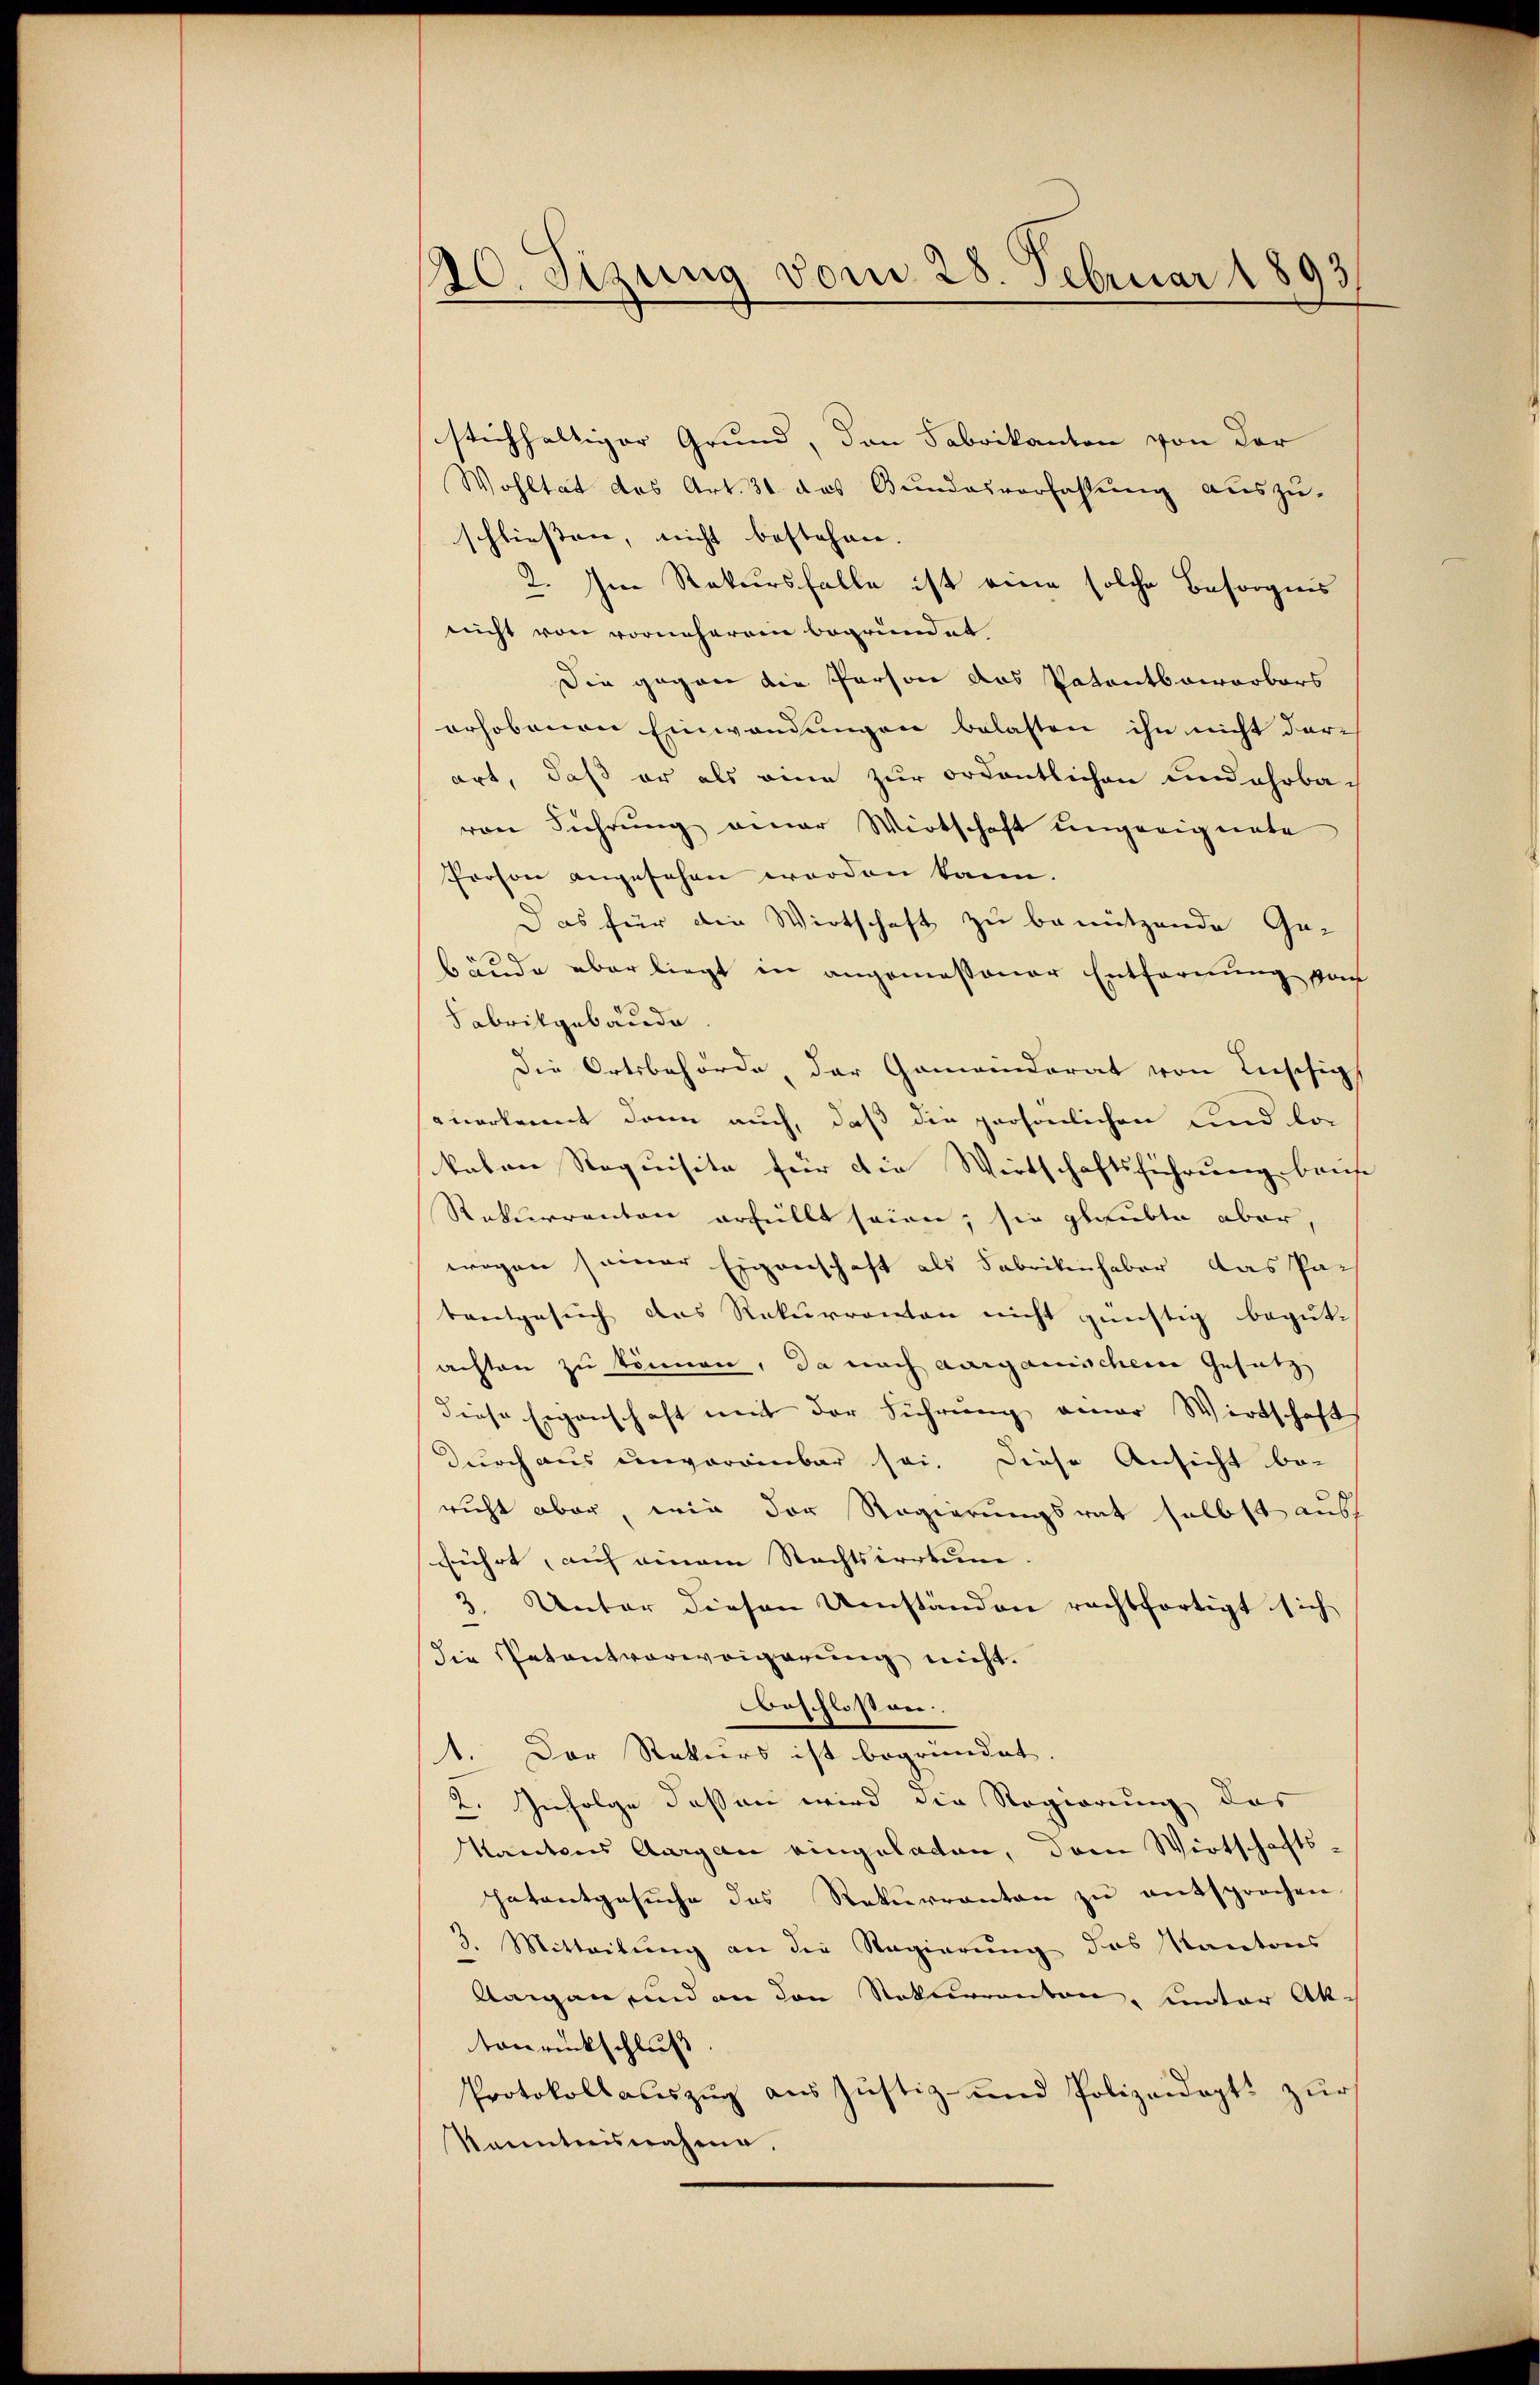
20. Sizung vom 28. Februar 1893

stichhaltiger Grund, den Fabrikanton von der
Wohltat des Art. 31 das Bundesverfassung auszu-
schließen, nicht bestehen.
2. Im Rekursfalle ist eine solche Besorgnis
nicht von vorneheren begründet
Die gegen die Person das Patentbawarbars
erhobenen Einwendungen belasten ihn nicht dar-
art, daß er als eine zur ordentlichen undahrbac
von Führung einer Wirtschaft ungeeignete
Proson angesehen worden kann.
Das für die Wirtschaft zu benützende Ge-
bäude aber liegt in angemessener Entfernung von
Fabrikgebäude
Die Ortsbehörde, der Gemeinderat von Lieschigs
anerkannt dann auch, daß die persönlichen und ko
katen Requisite für die Wirtschaftsführung bauf-
Rekurrenton erfüllt seien; sie glaubte aber,
wogen seiner Eigenschaft als Fabrikinhaber das Par
tentgesuch das Rekurrenten nicht günstig begut-
achten zu können, da nach aargauischen Gesetz
diese Eigenschaft mit der Führung einer Wirtschaft
Durch aus unvereinbar sei. Diese Ansicht be-
richt aber, wie der Regierungsrat selbst ausse
fführt, auf einem Rechtsirrtum. |
3
 Unter diesen Umständen rechtfertigt sich
die Patentvorweigerung nicht.
beschlossen.
1. Der Rekurs ist begründet.
2. Infolge dessen wird die Regierung des
Kantons Aargau eingeladen, dem Wirtschafts-
hatentgesŭche das Rekŭrranton zŭ entsprochen
3. Mitteilung an die Regierung des Kantons
Aargau und an den Rekurrenton, unter Aktonrückschluß
Protokoll aŭszŭg aŭs Justiz- und Polizeiapt. zŭr
Kanntnisnahme.